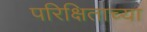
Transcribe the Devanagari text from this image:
परिक्षिताच्या